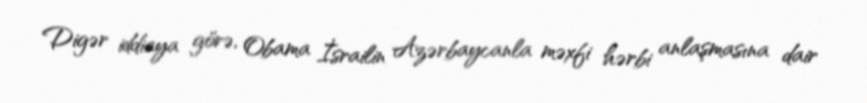
Digər iddiaya görə, Obama İsrailin Azərbaycanla məxfi hərbi anlaşmasına dair